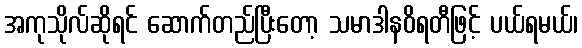
အကုသိုလ်ဆိုရင် ဆောက်တည်ပြီးတော့ သမာဒါနဝိရတီဖြင့် ပယ်ရမယ်၊